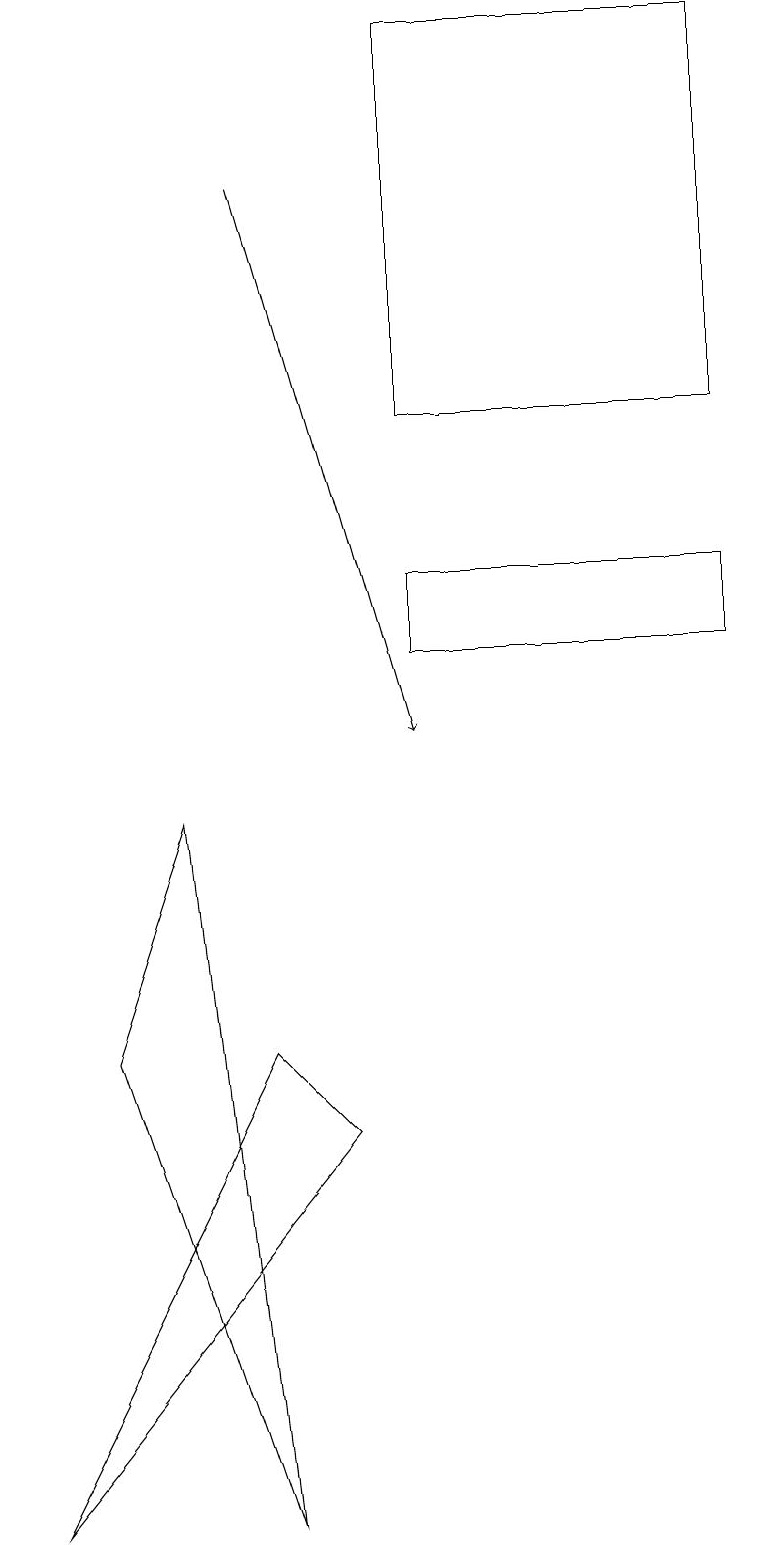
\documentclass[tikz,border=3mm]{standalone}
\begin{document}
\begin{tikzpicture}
\draw (0,0) -- (3,6) -- (4,5) -- cycle;
\draw (5,11) rectangle (9,12);
\draw (1,6) -- (2,9) -- (3,0) -- cycle;
\draw (5,14) rectangle (9,19);
\draw[->] (3,17) -- (5,10);
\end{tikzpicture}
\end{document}